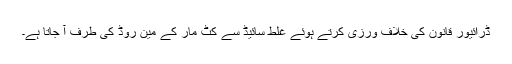
ڈرائیور قانون کی خلاف ورزی کرتے ہوئے غلط سائیڈ سے کٹ مار کے مین روڈ کی طرف آ جاتا ہے۔